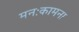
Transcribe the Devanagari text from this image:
मनःकामना